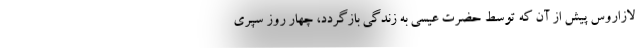
لازاروس پیش از آن که توسط حضرت عیسی به زندگی بازگردد، چهار روز سپری